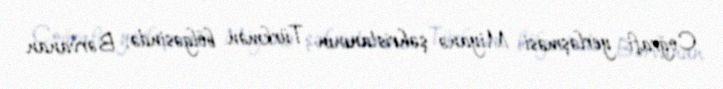
Coğrafi yerləşməsi Miyanə şəhristanının Türkmən bölgəsində, Bərvanan